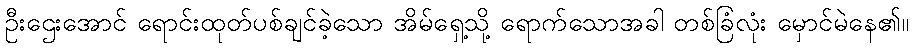
ဦးဌေးအောင် ရောင်းထုတ်ပစ်ချင်ခဲ့သော အိမ်ရှေ့သို့ ရောက်သောအခါ တစ်ခြံလုံး မှောင်မဲနေ၏။